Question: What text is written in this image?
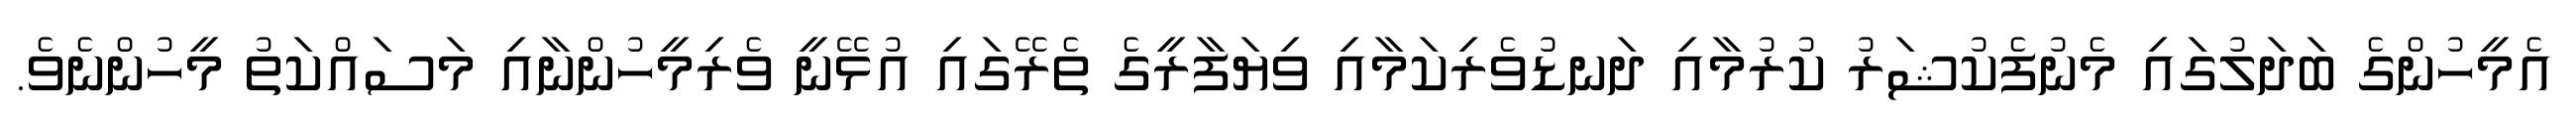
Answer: އެމީހުންގެ ބަދަލުގައި މެނުފެކުޝަރު ކުރުމާއި ދަނޑުވެރިކަމާއި ވިޔަފާރީގެ ތެރޭގައި އުޅޭނީ ވެރިމީހުންނާއި މަސައްކަތު މީހުންނެވެ.